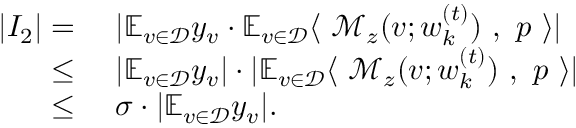
\begin{array} { r l } { | I _ { 2 } | = } & { ~ | \mathbb { E } _ { v \in \mathcal { D } } y _ { v } \cdot \mathbb { E } _ { v \in \mathcal { D } } \langle ~ \mathcal { M } _ { z } ( v ; { \boldsymbol w } _ { k } ^ { ( t ) } ) ~ , ~ { \boldsymbol p } ~ \rangle | } \\ { \le } & { ~ | \mathbb { E } _ { v \in \mathcal { D } } y _ { v } | \cdot | \mathbb { E } _ { v \in \mathcal { D } } \langle ~ \mathcal { M } _ { z } ( v ; { \boldsymbol w } _ { k } ^ { ( t ) } ) ~ , ~ { \boldsymbol p } ~ \rangle | } \\ { \le } & { ~ \sigma \cdot | \mathbb { E } _ { v \in \mathcal { D } } y _ { v } | . } \end{array}